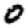
Digit: 0